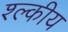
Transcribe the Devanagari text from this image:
श्ल्कीय